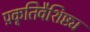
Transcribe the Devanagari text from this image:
प्रकृतिवैशिष्ट्य